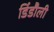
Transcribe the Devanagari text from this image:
डिंडौली